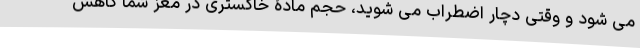
می شود و وقتی دچار اضطراب می شوید، حجم مادۀ خاکستری در مغز شما کاهش